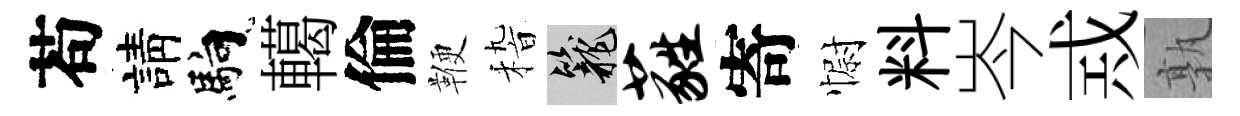
苟請馿轕倫鞭𥟵籠蕤寄𢠢料岑𢦶孰